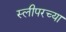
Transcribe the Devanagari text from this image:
स्लीपरच्या